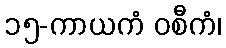
၁၅-ကာယကံ ဝစီကံ၊